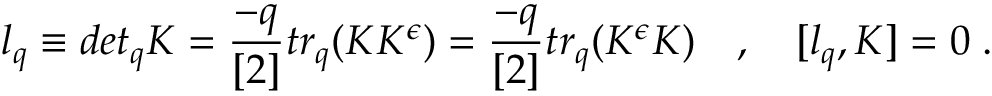
l _ { q } \equiv d e t _ { q } K = \frac { - q } { [ 2 ] } t r _ { q } ( K K ^ { \epsilon } ) = \frac { - q } { [ 2 ] } t r _ { q } ( K ^ { \epsilon } K ) \quad , \quad [ l _ { q } , K ] = 0 \; .